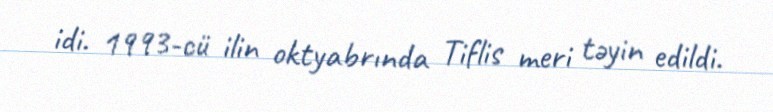
idi. 1993-cü ilin oktyabrında Tiflis meri təyin edildi.